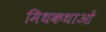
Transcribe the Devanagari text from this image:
मिथकथाओं